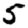
Digit: 5